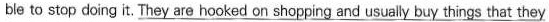
ble to stop doing it. They are hooked on shopping and usually buy things that they